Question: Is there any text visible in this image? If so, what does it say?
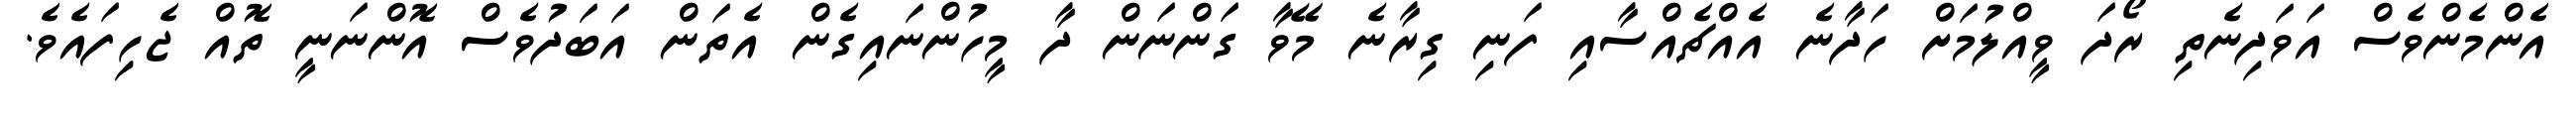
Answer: އެންމެންވެސް އަވަދިނެތި ރޯދަ ވީއްލުމަށް ހަދާނެ އެއްޗެއްސާއި ފަނި ގިރާނެ މޭވާ ގަންނަން ދާ މީހުންނައިގެން އެތަން އަބަދުވެސް އޮންނަނީ ތޮއް ޖެހިފައެވެ.